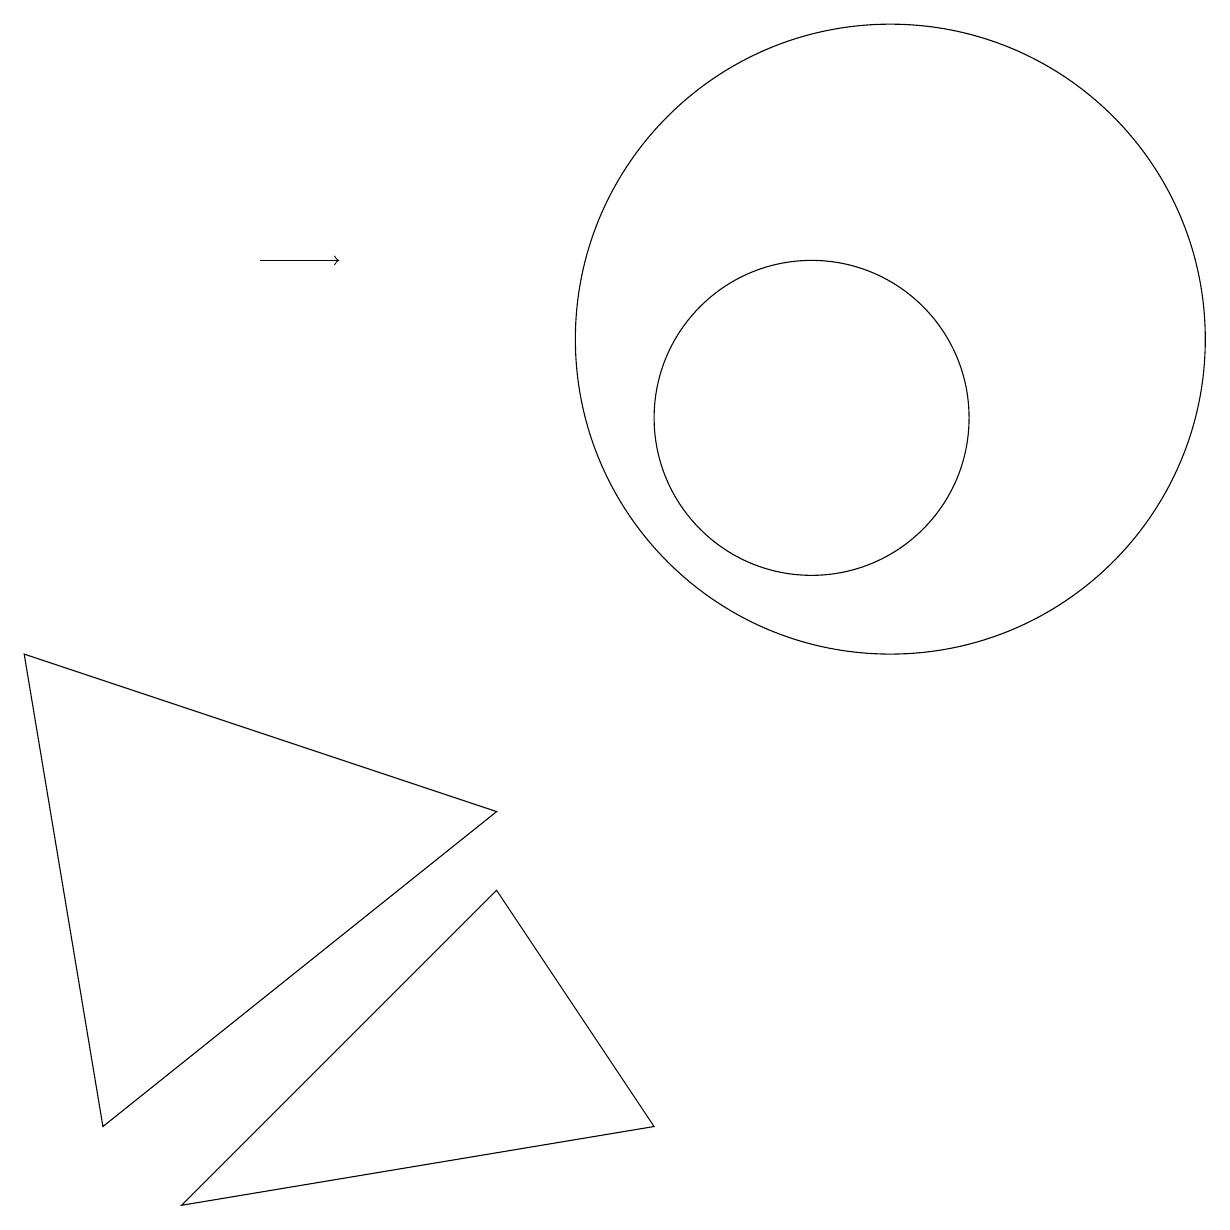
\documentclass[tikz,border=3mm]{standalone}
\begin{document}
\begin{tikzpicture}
\draw (12,11) circle (4);
\draw (7,5) -- (1,7) -- (2,1) -- cycle;
\draw (11,10) circle (2);
\draw[->] (4,12) -- (5,12);
\draw (3,0) -- (7,4) -- (9,1) -- cycle;
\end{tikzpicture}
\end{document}